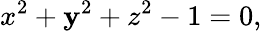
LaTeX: x^{2}+\mathbf{y}^{2}+z^{2}-1=0,